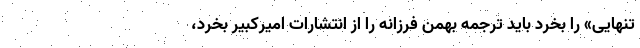
تنهایی» را بخرد باید ترجمه بهمن فرزانه را از انتشارات امیرکبیر بخرد،